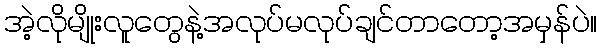
အဲ့လိုမျိုးလူတွေနဲ့အလုပ်မလုပ်ချင်တာတော့အမှန်ပဲ။